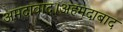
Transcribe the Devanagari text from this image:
अमदावाद।अहमदाबाद